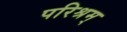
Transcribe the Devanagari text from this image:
परिश्रम्